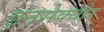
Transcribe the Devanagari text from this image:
इनसेक्योर